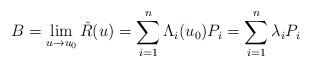
LaTeX: \begin{align*} B=\lim_{u \to u_0} \check{R}(u) = \sum_{i=1} ^{n} \Lambda_i(u_0) P_i= \sum_{i=1}^{n} \lambda_i P_i\end{align*}